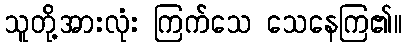
သူတို့အားလုံး ကြက်သေ သေနေကြ၏။